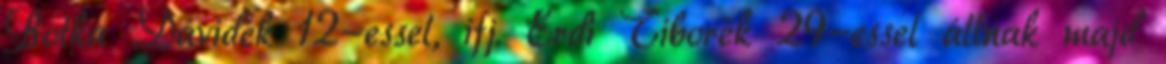
Botka Dávidék 12-essel, ifj. Érdi Tiborék 29-essel állnak majd